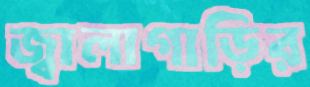
জ্বালাগাড়ির